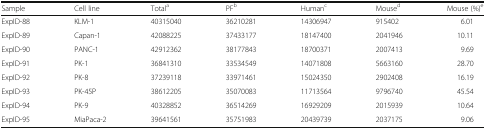
<table><thead><tr><td><b>Sample</b></td><td><b>Cell line</b></td><td><b>Total<sup>a</sup></b></td><td><b>PF<sup>b</sup></b></td><td><b>Human<sup>c</sup></b></td><td><b>Mouse<sup>d</sup></b></td><td><b>Mouse (%)<sup>e</sup></b></td></tr></thead><tbody><tr><td>ExpID-88</td><td>KLM-1</td><td>40315040</td><td>36210281</td><td>14306947</td><td>915402</td><td>6.01</td></tr><tr><td>ExpID-89</td><td>Capan-1</td><td>42088225</td><td>37433177</td><td>18147400</td><td>2041946</td><td>10.11</td></tr><tr><td>ExpID-90</td><td>PANC-1</td><td>42912362</td><td>38177843</td><td>18700371</td><td>2007413</td><td>9.69</td></tr><tr><td>ExpID-91</td><td>PK-1</td><td>36841310</td><td>33534549</td><td>14071808</td><td>5663160</td><td>28.70</td></tr><tr><td>ExpID-92</td><td>PK-8</td><td>37239118</td><td>33971461</td><td>15024350</td><td>2902408</td><td>16.19</td></tr><tr><td>ExpID-93</td><td>PK-45P</td><td>38612205</td><td>35070083</td><td>11713564</td><td>9796740</td><td>45.54</td></tr><tr><td>ExpID-94</td><td>PK-9</td><td>40328852</td><td>36514269</td><td>16929209</td><td>2015939</td><td>10.64</td></tr><tr><td>ExpID-95</td><td>MiaPaca-2</td><td>39641561</td><td>35751983</td><td>20439739</td><td>2037175</td><td>9.06</td></tr></tbody></table>